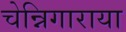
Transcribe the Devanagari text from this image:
चेन्निगाराया